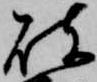
破